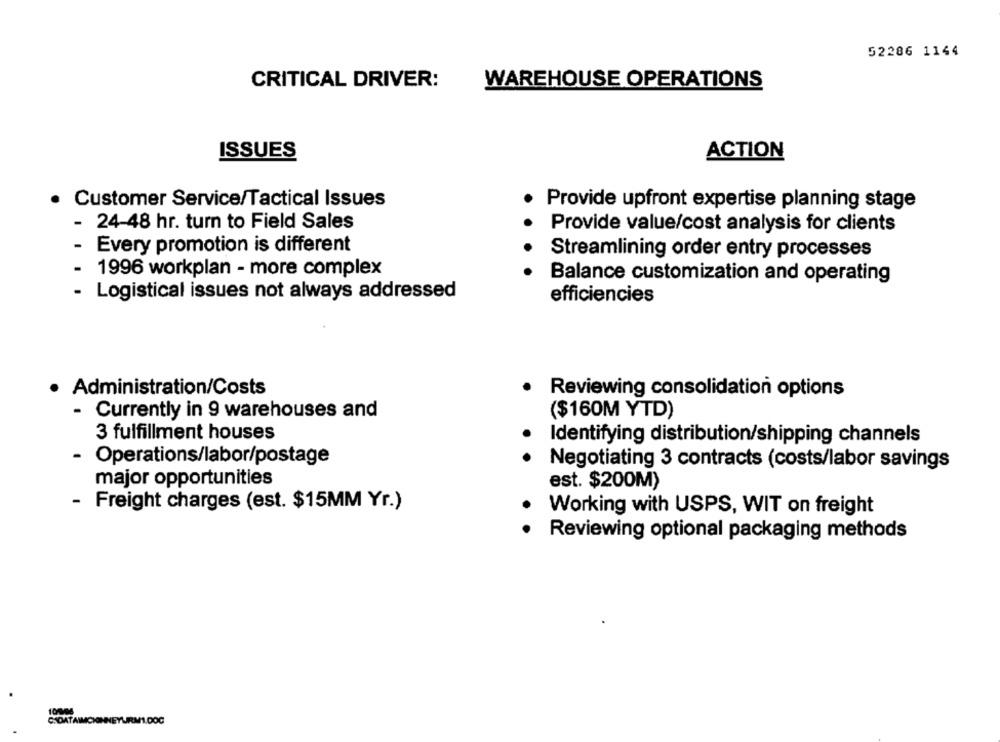
52286 1144
CRITICAL DRIVER:
WAREHOUSE OPERATIONS
ISSUES
ACTION
Customer Service/Tactical Issues
Provide upfront expertise planning stage
- 24-48 hr. turn to Field Sales
Provide value/cost analysis for clients
Every promotion is different
Streamlining order entry processes
1996 workplan - more complex
Balance customization and operating
Logistical issues not always addressed
efficiencies
· Administration/Costs
Reviewing consolidation options
- Currently in 9 warehouses and
($160M YTD)
3 fulfillment houses
Identifying distribution/shipping channels
- Operations/labor/postage
Negotiating 3 contracts (costs/labor savings
major opportunities
est. $200M)
- Freight charges (est. $15MM Yr.)
Working with USPS, WIT on freight
Reviewing optional packaging methods
CSDATAIMCHONNEYURM1.DOC